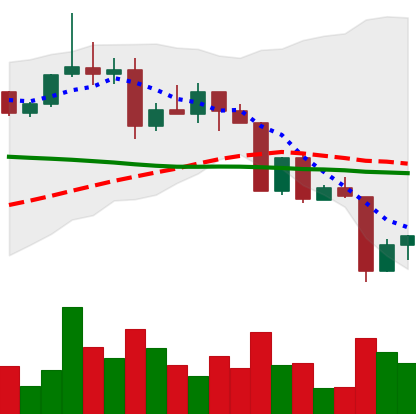
Ticker: XRP-USD
Chart end date: 2022-04-13
Forward return: 6.102%
Label: up_5_7